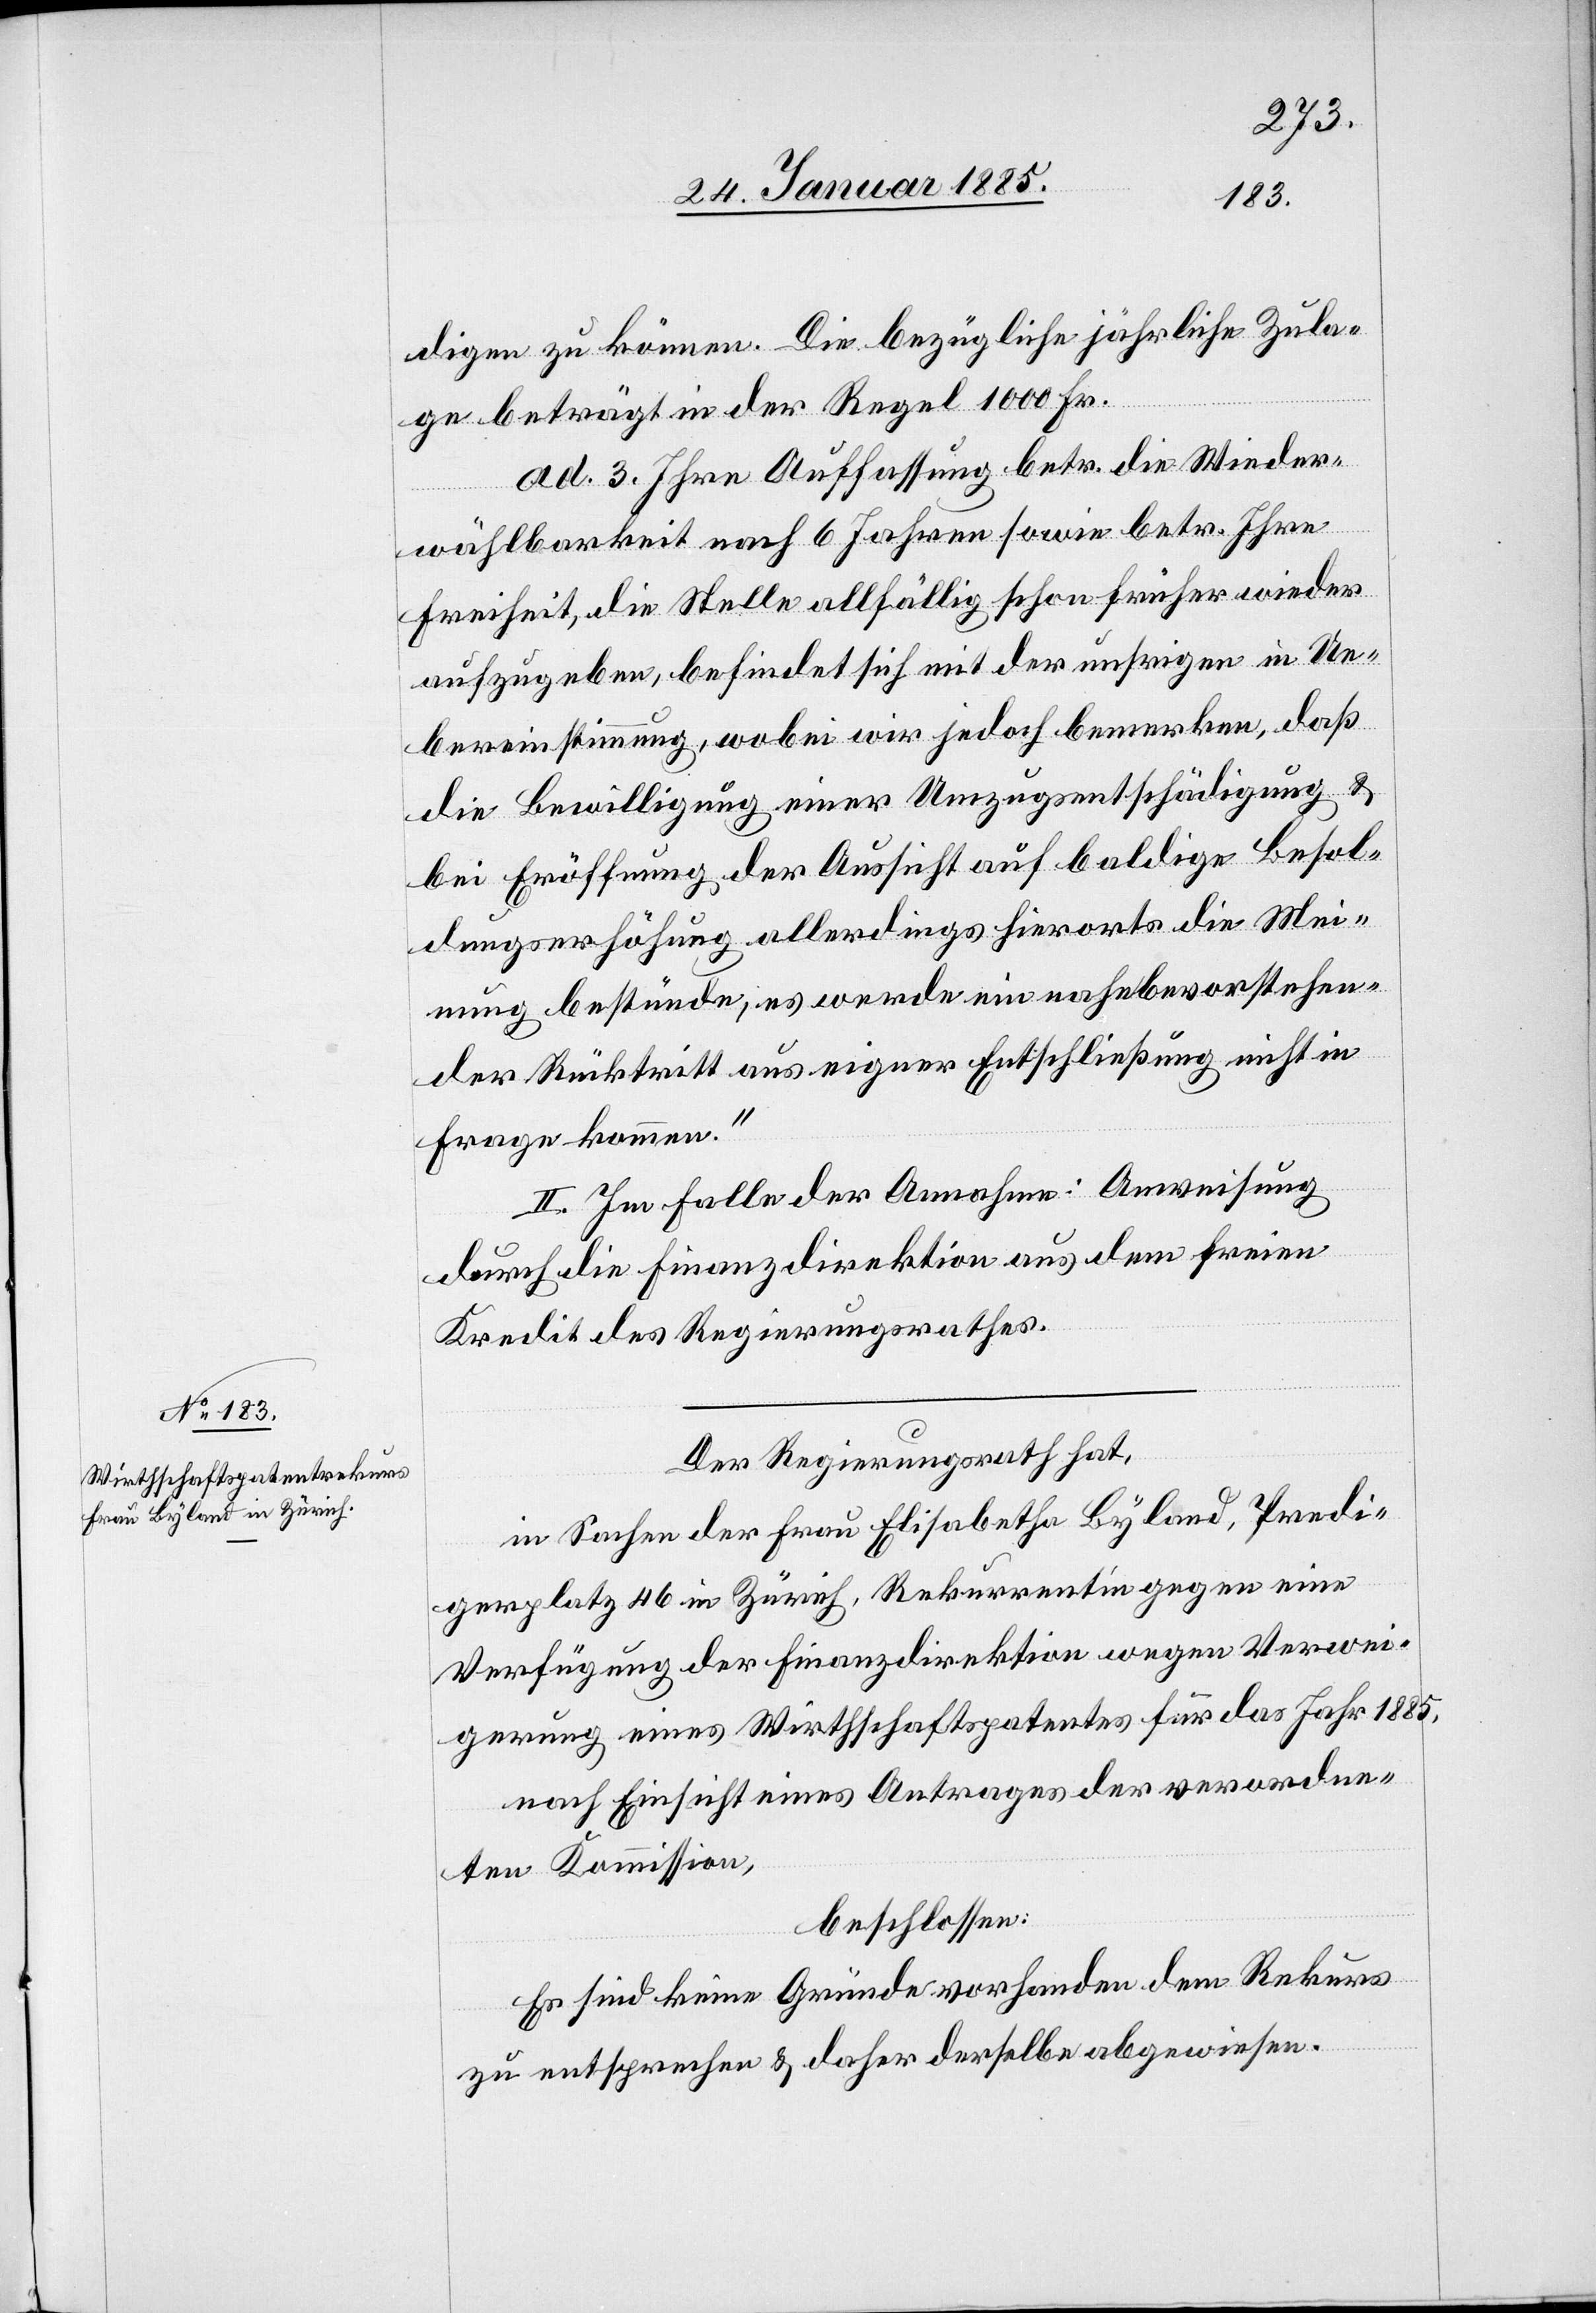
digen zu können. Die bezügliche jährliche Zula¬
ge beträgt in der Regel 1000 Fr.
ad. 3. Ihre Auffassung betr. die Wieder¬
wählbarkeit nach 6 Jahren sowie betr. Ihre
Freiheit, die Stelle allfällig schon früher wieder
aufzugeben, befindet sich mit der unsrigen in Ue¬
bereinstimmung, wobei wir jedoch bemerken, daß
die Bewilligung einer Umzugsentschädigung &
bei Eröffnung der Aussicht auf baldige Besol¬
dungserhöhung allerdings hierorts die Mei¬
nung bestünde, es werde ein nahebevorstehen¬
der Rücktritt aus eigner Entschließung nicht in
Frage kommen.“
II. Im Falle der Annahme: Anweisung
durch die Finanzdirektion aus dem freien
Kredit des Regierungsrathes.
Der Regierungsrath hat,
in Sachen der Frau Elisabetha Byland, Predi¬
gerplatz 46 in Zürich, Rekurrentin gegen eine
Verfügung der Finanzdirektion wegen Verwei¬
gerung eines Wirthschaftspatentes für das Jahr 1885,
nach Einsicht eines Antrages der verordnen¬
den Kommission,
beschlossen:
Es sind keine Gründe vorhanden dem Rekurs
zu entsprechen & daher derselbe abgewiesen.